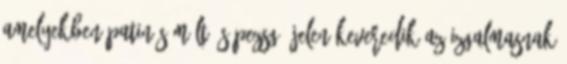
amelyekben patinás múlt és pezsgő jelen keveredik az izgalmasnak